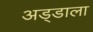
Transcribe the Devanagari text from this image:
अड्डाला